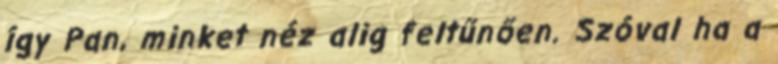
így Pan, minket néz alig feltűnően. Szóval ha a